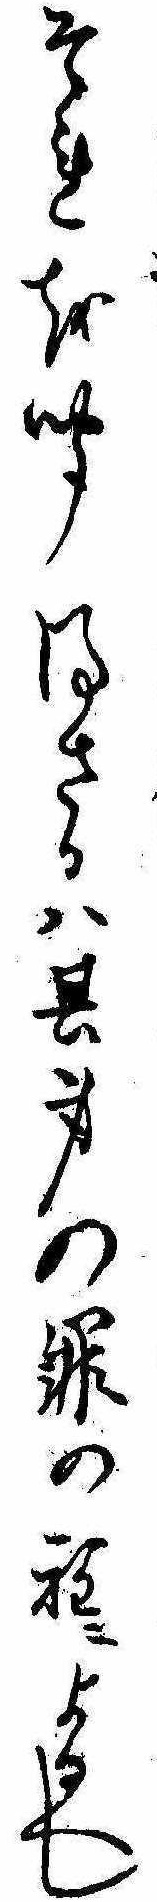
それを聞得さるは其身の罪の程によるへし